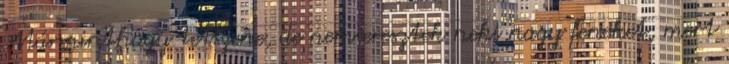
Márminthogy tetszene, de nem eresztek neki nagy feneket, mert